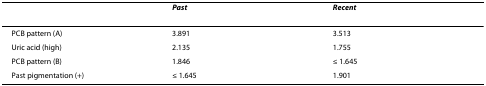
|  | Past | Recent |
 | --- | --- | --- |
 | PCB pattern (A) | 3.891 | 3.513 |
 | Uric acid (high) | 2.135 | 1.755 |
 | PCB pattern (B) | 1.846 | ≤ 1.645 |
 | Past pigmentation (+) | ≤ 1.645 | 1.901 |